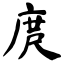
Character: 庹